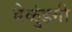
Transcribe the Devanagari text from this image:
बेळुंडगी